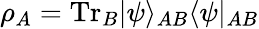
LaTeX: \rho_{A}=\mathrm{Tr}_{B}|\psi\rangle_{AB}\langle\psi|_{AB}